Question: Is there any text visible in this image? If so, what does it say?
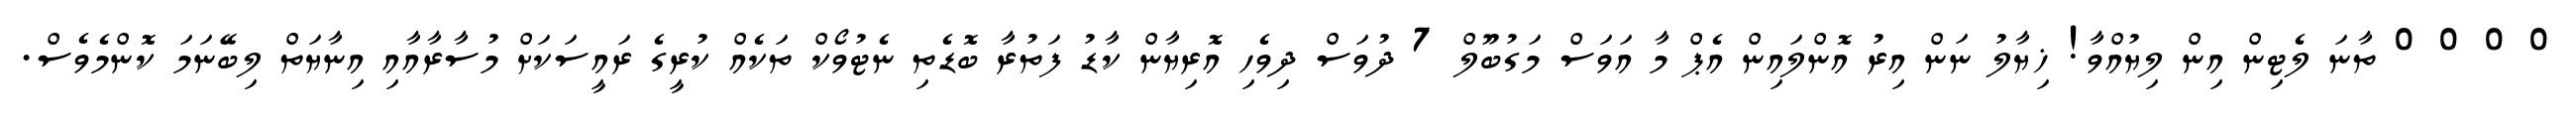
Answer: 0 0 0 0 ތާނަ ލެޓިން އިން ލިޔުއްވާ! ޚިޔާލު ނަން އިރު އޮންލައިން އެޕް މާ އަވަސް މަގުބޫލް 7 ދުވަސް ދިވެހި އޮރިޔާން ކާޑު ފަތުރާ ބޮޑެތި ނެޓުވޯކް ތަކެއް ކުރީގެ ރައީސަކަށް މުސާރާއާއި އިނާޔަތް ލިބޭނަމަ ކޮންމެވެސް.